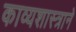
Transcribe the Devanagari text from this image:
काव्यशास्त्राने